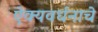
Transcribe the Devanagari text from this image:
ऐक्यवर्धनाचे